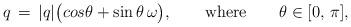
LaTeX: \begin{align*} q\,=\,|q|\big(cos\theta+\sin\theta\,\omega\big),\qquad\mbox{where}\qquad\theta\in[0,\,\pi],\end{align*}